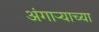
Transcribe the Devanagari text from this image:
अंगार्‍याच्या